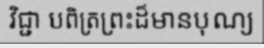
វិជ្ជា បពិត្រព្រះដ៏មានបុណ្យ